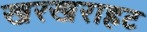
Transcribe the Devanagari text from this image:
खरखराहट